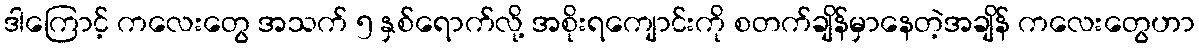
ဒါကြောင့် ကလေးတွေ အသက် ၅ နှစ်ရောက်လို့ အစိုးရကျောင်းကို စတက်ချိန်မှာနေတဲ့အချိန် ကလေးတွေဟာ